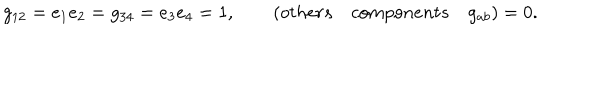
LaTeX: g _ { 1 2 } = e _ { 1 } e _ { 2 } = g _ { 3 4 } = e _ { 3 } e _ { 4 } = 1 , \qquad ( o t h e r s \quad c o m p o n e n t s \quad g _ { a b } ) = 0 .